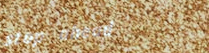
stop ahead